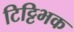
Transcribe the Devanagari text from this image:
टिट्टिभक